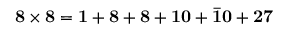
{ \bf 8 } \times { \bf 8 } = { \bf 1 } + { \bf 8 } + { \bf 8 } + { \bf 1 0 } + { \bf \bar { 1 0 } } + { \bf 2 7 }